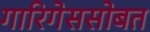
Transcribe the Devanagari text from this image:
गारिगेससोबत